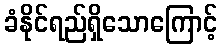
ခံနိုင်ရည်ရှိသောကြောင့်